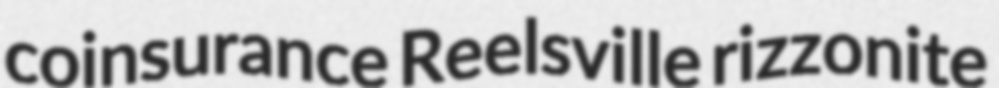
coinsurance Reelsville rizzonite